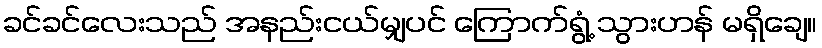
ခင်ခင်လေးသည် အနည်းငယ်မျှပင် ကြောက်ရွံ့ သွားဟန် မရှိချေ။